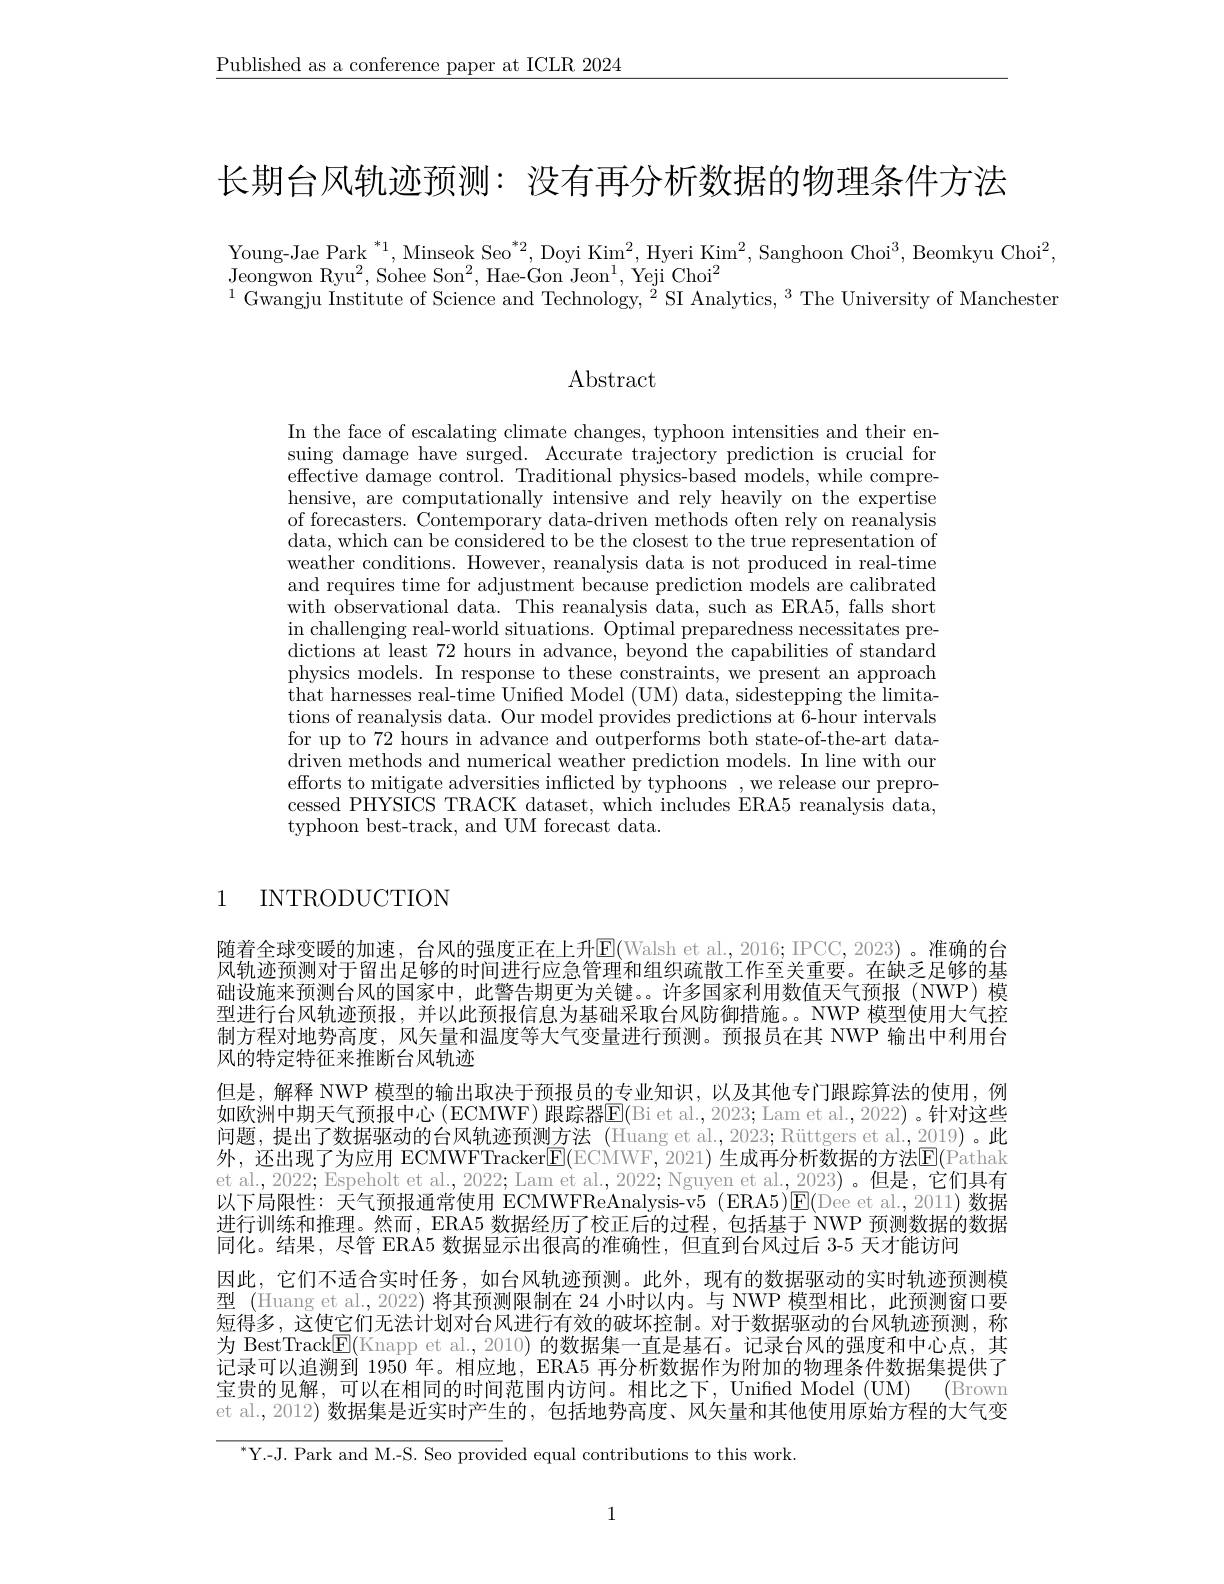
$\underline{\text{Published as a conference paper at ICLR 2024}}$

长期台风轨迹预测：没有再分析数据的物理条件方法

$\mathrm{Young-Jae~Park~}^{*1},\mathrm{Minseok~Seo~}^{*2},\mathrm{Doyi~Kim}^{2},\mathrm{Hyeri~Kim}^{2},\mathrm{Sanghoon~Choi}^{3},\mathrm{Beomkyu~Choi}^{2}$,
Jeongwon Ryu$^2$,Sohee Son$^2$,Hae-Gon Jeon$^1$, Yeji Choi$^2$
$^{1}$Gwangju Institute of Science and Technology, $^2$SI Analytics, $^3$The University of Manchester

# $\operatorname{Abstract}$

In the face of escalating climate changes, typhoon intensities and their ensuing damage have surged. Accurate trajectory prediction is crucial for effective damage control. Traditional physics-based models, while comprehensive, are computationally intensive and rely heavily on the expertise of forecasters. Contemporary data-driven methods often rely on reanalysis data, which can be considered to be the closest to the true representation of weather conditions. However, reanalysis data is not produced in real-time and requires time for adjustment because prediction models are calibrated with observational data. This reanalysis data, such as ERA5, falls short in challenging real-world situations. Optimal preparedness necessitates predictions at least 72 hours in advance, beyond the capabilities of standard physics models. In response to these constraints, we present an approach $\dot{\text{that harnesses real-time Unified Model (UM) data, sidestepping the limita-}}$ tions of reanalysis data. Our model provides predictions at 6-hour intervals for up to 72 hours in advance and outperforms both state-of-the-art data- $\bar{\text{driven methods and numerical weather prediction models. In line with our}}$ efforts to mitigate adversities inflicted by typhoons , we release our preprocessed PHYSICS TRACK dataset, which includes ERA5 reanalysis data, typhoon best-track, and UM forecast data.

1 INTRODUCTION

随着全球变暖的加速，台风的强度正在上升$\overline{\mathrm{E}}($Walsh et al.,2016; IPCC, 2023)。准确的台风轨迹预测对于留出足够的时间进行应急管理和组织疏散工作至关重要。在缺乏足够的基础设施来预测台风的国家中，此警告期更为关键。。许多国家利用数值天气预报(NWP)模型进行台风轨迹预报，并以此预报信息为基础采取台风防御措施。。NWP 模型使用大气控制方程对地势高度，风矢量和温度等大气变量进行预测。预报员在其 NWP 输出中利用台风的特定特征来推断台风轨迹
但是，解释 NWP 模型的输出取决于预报员的专业知识，以及其他专门跟踪算法的使用，例如欧洲中期天气预报中心(ECMWF)跟踪器E(Bi et al.,2023; Lam et al., 2022) 。针对这些问题，提出了数据驱动的台风轨迹预测方法 (Huang et al.,2023; Rüttgers et al.,2019)。此外，还出现了为应用 ECMWFTracker$\boxed{\mathrm{F}}($ECMWF, 2021) 生成再分析数据的方法$\boxed{\mathrm{F}}($Pathak et al., 2022; Espeholt et al., 2022; Lam et al., 2022; Nguyen et al., 2023) 。但是，它们具有以下局限性：天气预报通常使用 ECMWFReAnalysis-v5 (ERA5)$\boxed{\mathrm{E}}($Dee et al.,2011)数据进行训练和推理。然而，ERA5 数据经历了校正后的过程，包括基于 NWP 预测数据的数据同化。结果，尽管 ERA5 数据显示出很高的准确性，但直到台风过后 3-5 天才能访问
因此，它们不适合实时任务，如台风轨迹预测。此外，现有的数据驱动的实时轨迹预测模型 (Huang et al., 2022) 将其预测限制在 24 小时以内。与 NWP 模型相比，此预测窗口要短得多，这使它们无法计划对台风进行有效的破坏控制。对于数据驱动的台风轨迹预测，称为 BestTrack$\overline{\mathrm{E}}($Knapp et al., 2010) 的数据集一直是基石。记录台风的强度和中心点，其记录可以追溯到 1950 年。相应地，ERA5 再分析数据作为附加的物理条件数据集提供了宝贵的见解，可以在相同的时间范围内访问。相比之下，Unified Model (UM) (Brown et al., 2012) 数据集是近实时产生的，包括地势高度、风矢量和其他使用原始方程的大气变

$^{* }$Y. - J.  Park and M. - S.  Seo provided equal contributions to this work.

1